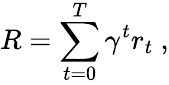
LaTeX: R=\sum_{{t=0}}^{T}\gamma^{t}r_{t}\mathrm{~},